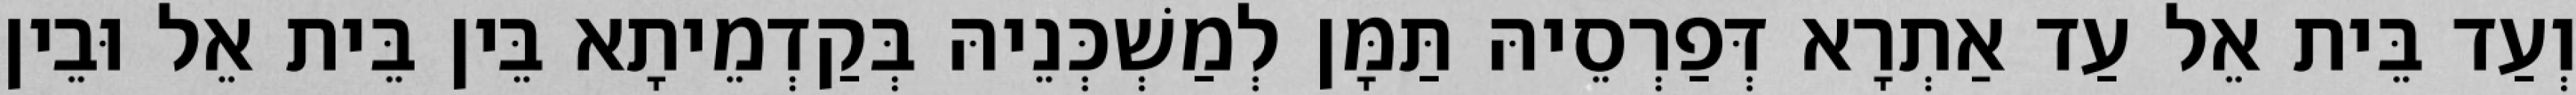
וְעַד בֵּית אֵל עַד אַתְרָא דְּפַרְסֵיהּ תַּמָּן לְמַשְׁכְּנֵיהּ בְּקַדְמֵיתָא בֵּין בֵּית אֵל וּבֵין